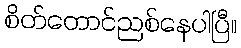
စိတ်တောင်ညစ်နေပါပြီ။